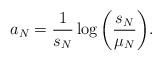
LaTeX: \begin{align*}a_N = \frac{1}{s_N} \log \bigg( \frac{s_N}{\mu_N} \bigg).\end{align*}